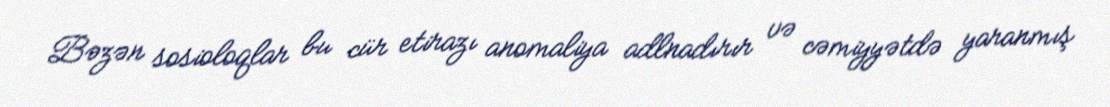
Bəzən sosioloqlar bu cür etirazı anomaliya adlnadırır və cəmiyyətdə yaranmış